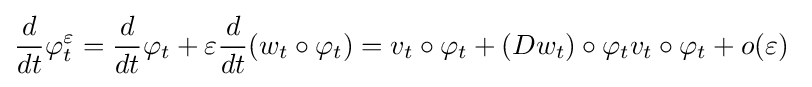
{\frac {d}{dt}}\varphi _{t}^{\varepsilon }={\frac {d}{dt}}\varphi _{t}+\varepsilon {\frac {d}{dt}}(w_{t}\circ \varphi _{t})=v_{t}\circ \varphi _{t}+(Dw_{t})\circ \varphi _{t}v_{t}\circ \varphi _{t}+o(\varepsilon )\